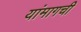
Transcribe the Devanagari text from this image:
यांमागची